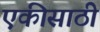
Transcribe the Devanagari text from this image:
एकीसाठी